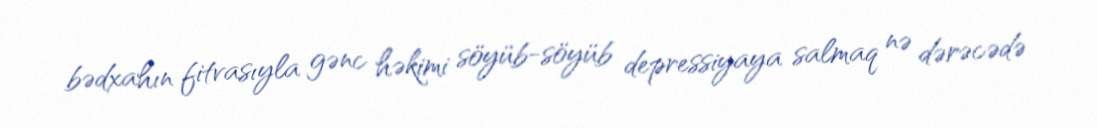
bədxahın fitvasıyla gənc həkimi söyüb-söyüb depressiyaya salmaq nə dərəcədə